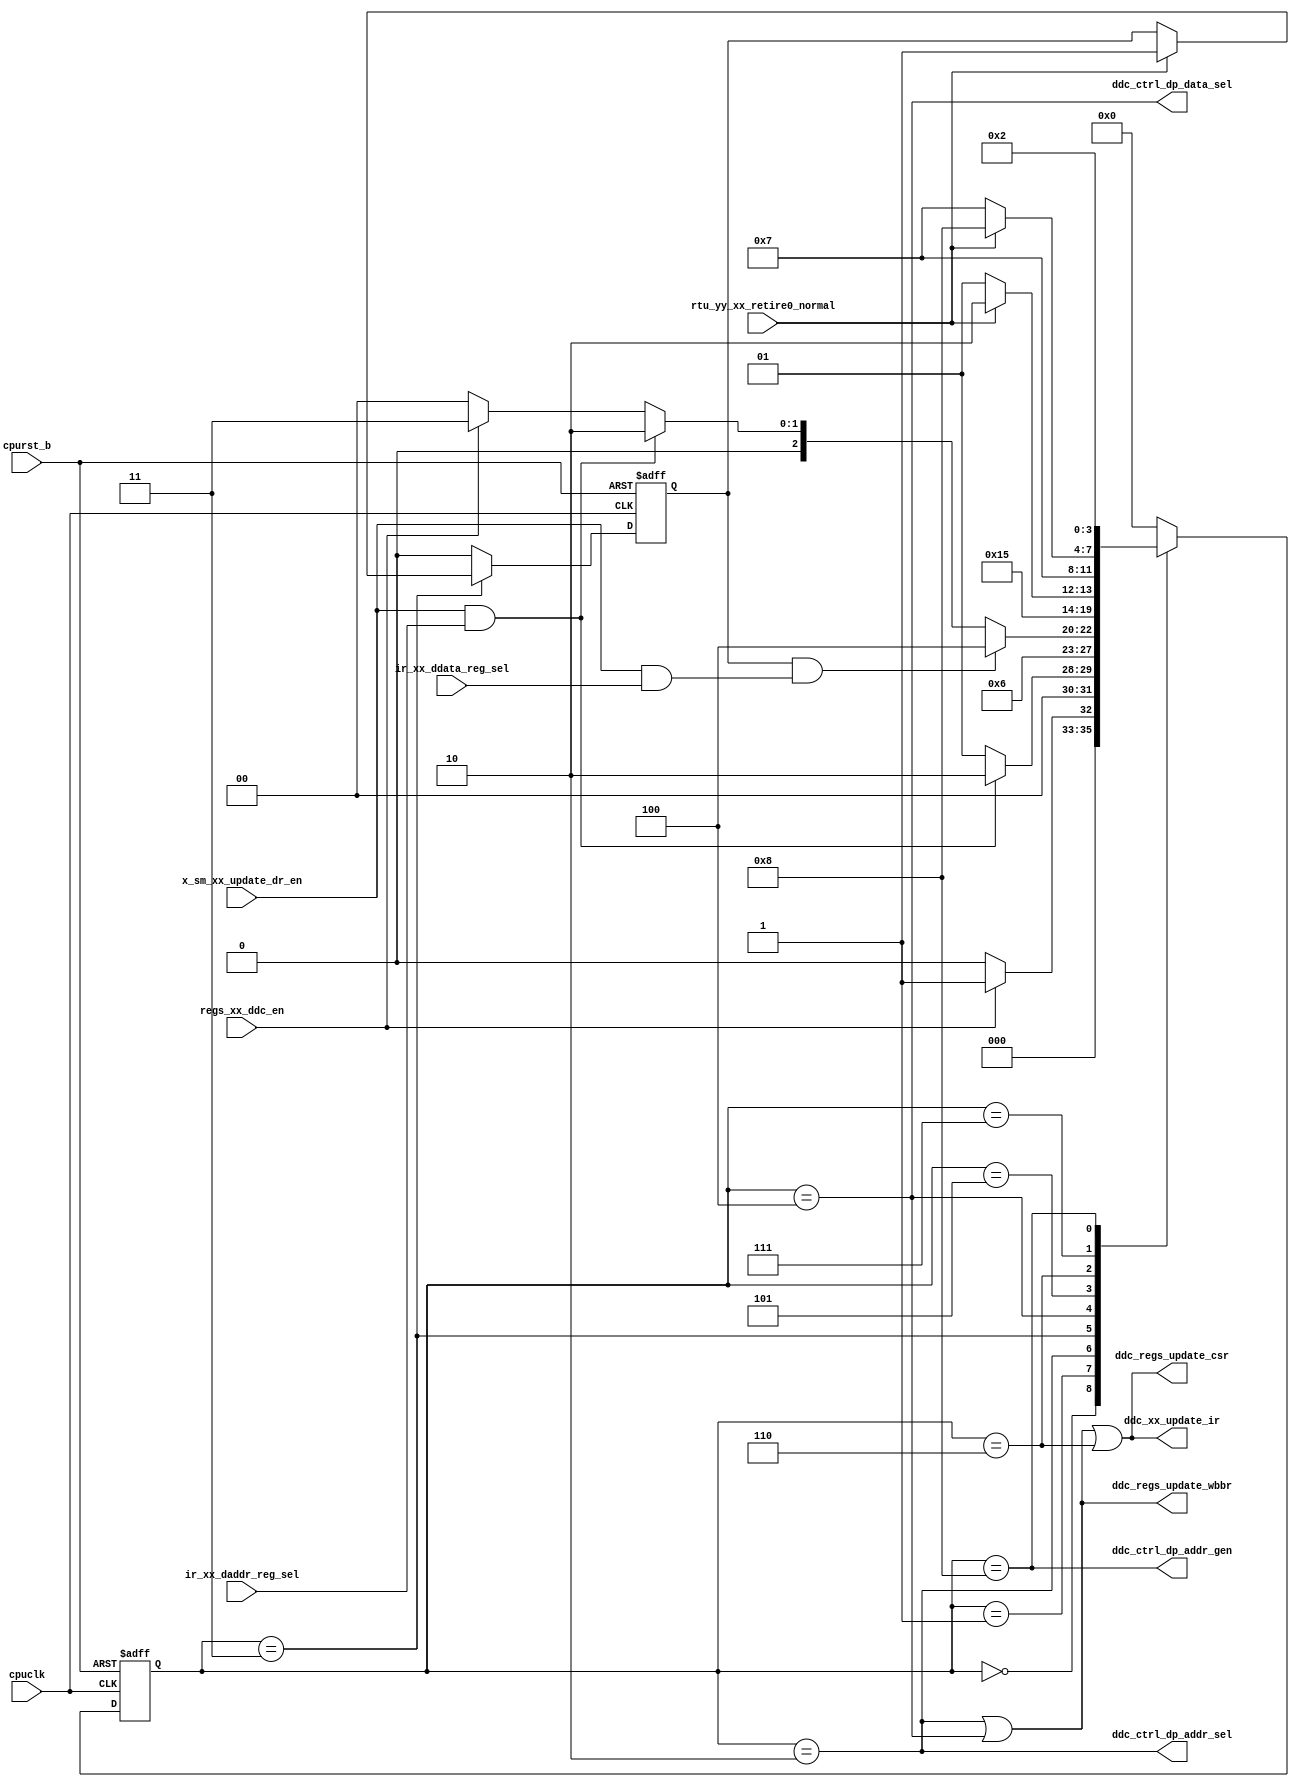
/*Copyright 2019-2021 T-Head Semiconductor Co., Ltd.

Licensed under the Apache License, Version 2.0 (the "License");
you may not use this file except in compliance with the License.
You may obtain a copy of the License at

    http://www.apache.org/licenses/LICENSE-2.0

Unless required by applicable law or agreed to in writing, software
distributed under the License is distributed on an "AS IS" BASIS,
WITHOUT WARRANTIES OR CONDITIONS OF ANY KIND, either express or implied.
See the License for the specific language governing permissions and
limitations under the License.
*/

// &ModuleBeg; @23
module ct_had_ddc_ctrl(
  cpuclk,
  cpurst_b,
  ddc_ctrl_dp_addr_gen,
  ddc_ctrl_dp_addr_sel,
  ddc_ctrl_dp_data_sel,
  ddc_regs_update_csr,
  ddc_regs_update_wbbr,
  ddc_xx_update_ir,
  ir_xx_daddr_reg_sel,
  ir_xx_ddata_reg_sel,
  regs_xx_ddc_en,
  rtu_yy_xx_retire0_normal,
  x_sm_xx_update_dr_en
);

// &Ports; @24
input          cpuclk;                  
input          cpurst_b;                
input          ir_xx_daddr_reg_sel;     
input          ir_xx_ddata_reg_sel;     
input          regs_xx_ddc_en;          
input          rtu_yy_xx_retire0_normal; 
input          x_sm_xx_update_dr_en;    
output         ddc_ctrl_dp_addr_gen;    
output         ddc_ctrl_dp_addr_sel;    
output         ddc_ctrl_dp_data_sel;    
output         ddc_regs_update_csr;     
output         ddc_regs_update_wbbr;    
output         ddc_xx_update_ir;        

// &Regs; @25
reg            addr_ld_finish;          
reg     [3:0]  cur_st;                  
reg     [3:0]  nxt_st;                  

// &Wires; @26
wire           addr_ready;              
wire           cpuclk;                  
wire           cpurst_b;                
wire           data_ld_finish;          
wire           data_ready;              
wire           ddc_ctrl_dp_addr_gen;    
wire           ddc_ctrl_dp_addr_sel;    
wire           ddc_ctrl_dp_data_sel;    
wire           ddc_ctrl_dp_stw_sel;     
wire           ddc_regs_update_csr;     
wire           ddc_regs_update_wbbr;    
wire           ddc_xx_update_ir;        
wire           ir_xx_daddr_reg_sel;     
wire           ir_xx_ddata_reg_sel;     
wire           regs_xx_ddc_en;          
wire           rtu_yy_xx_retire0_normal; 
wire           stw_inst_retire;         
wire           x_sm_xx_update_dr_en;    


//==============================================================================
//                           DDC control state machine 
//==============================================================================

parameter IDLE          = 4'h0;
parameter ADDR_WATI     = 4'h1;
parameter ADDR_LD       = 4'h2;
parameter DATA_WAIT     = 4'h3;
parameter DATA_LD       = 4'h4;
parameter STW_WAIT      = 4'h5;
parameter STW_LD        = 4'h6;
parameter STW_FINISH    = 4'h7;
parameter ADDR_GEN      = 4'h8;
    
always @(posedge cpuclk or negedge cpurst_b)
begin
  if (!cpurst_b)
    cur_st[3:0] <= IDLE;
  else
    cur_st[3:0] <= nxt_st[3:0];
end
    
// &CombBeg; @50
always @( addr_ld_finish
       or cur_st[3:0]
       or addr_ready
       or regs_xx_ddc_en
       or data_ready
       or stw_inst_retire
       or data_ld_finish)
begin
  case(cur_st[3:0])
    IDLE:      
      if (regs_xx_ddc_en)
        nxt_st[3:0] = ADDR_WATI;
      else
        nxt_st[3:0] = IDLE;
    ADDR_WATI: // wait addr be loaded into daddr
      if (addr_ready)
        nxt_st[3:0] = ADDR_LD;
      else
        nxt_st[3:0] = ADDR_WATI;
    ADDR_LD:   // load "mov r0, r0" to ir, ffy and wbbr
        nxt_st[3:0] = DATA_WAIT;
    DATA_WAIT:
      if (addr_ld_finish && data_ready) // wait base prepare finish and data ready.
        nxt_st[3:0] = DATA_LD;
      else if (addr_ready) // re-prepare base
        nxt_st[3:0] = ADDR_LD;
      else if (!regs_xx_ddc_en)
        nxt_st[3:0] = IDLE;
      else
        nxt_st[3:0] = DATA_WAIT;
    DATA_LD:
        nxt_st[3:0] = STW_WAIT; // load "mov r1, r1" to ir, ffy and wbbr
    STW_WAIT:
      if (data_ld_finish)  // wait for "mov r1, r1" retire: data prepare finish
        nxt_st[3:0] = STW_LD;
      else
        nxt_st[3:0] = STW_WAIT;
    STW_LD:                     // load "stw r1, r0" to ir
        nxt_st[3:0] = STW_FINISH;
    STW_FINISH: // wait for stw finish
      if (stw_inst_retire)
        nxt_st[3:0] = ADDR_GEN;
      else
        nxt_st[3:0] = STW_FINISH;
    ADDR_GEN:  // increase addr and recycle
        nxt_st[3:0] = ADDR_LD;
    default:
        nxt_st[3:0] = IDLE;
  endcase
// &CombEnd; @92
end

assign addr_ready = x_sm_xx_update_dr_en && ir_xx_daddr_reg_sel;
assign data_ready = x_sm_xx_update_dr_en && ir_xx_ddata_reg_sel;

// addr load finish
always @(posedge cpuclk or negedge cpurst_b)
begin
  if (!cpurst_b)
    addr_ld_finish <= 1'b0;
  else if (cur_st[3:0] == DATA_WAIT) begin
    if (rtu_yy_xx_retire0_normal)
      addr_ld_finish <= 1'b1;
    else
      addr_ld_finish <= addr_ld_finish; // hold finish state
  end
  else
    addr_ld_finish <= 1'b0;
end

// data load finish will push state machine into next state, so the state
// needn't hold
assign data_ld_finish = rtu_yy_xx_retire0_normal;

assign stw_inst_retire = rtu_yy_xx_retire0_normal;

//==========================================================
//            control signal to ddc dp
//==========================================================

// &Force("output", "ddc_ctrl_dp_addr_sel"); @122
assign ddc_ctrl_dp_addr_sel = cur_st[3:0] == ADDR_LD;
    
// &Force("output", "ddc_ctrl_dp_data_sel"); @125
assign ddc_ctrl_dp_data_sel = cur_st[3:0] == DATA_LD;

assign ddc_ctrl_dp_stw_sel  = cur_st[3:0] == STW_LD;

assign ddc_ctrl_dp_addr_gen = cur_st[3:0] == ADDR_GEN;

//==========================================================
//            control signal to regs
//==========================================================
    
assign ddc_regs_update_wbbr = ddc_ctrl_dp_addr_sel || ddc_ctrl_dp_data_sel;

assign ddc_regs_update_csr  = ddc_ctrl_dp_addr_sel ||
                              ddc_ctrl_dp_data_sel ||
                              ddc_ctrl_dp_stw_sel;

assign ddc_xx_update_ir   = ddc_ctrl_dp_addr_sel ||
                            ddc_ctrl_dp_data_sel ||
                            ddc_ctrl_dp_stw_sel;

// &ModuleEnd; @146
endmodule